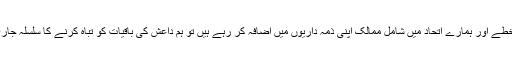
اب جبکہ اس خطے اور ہمارے اتحاد میں شامل ممالک اپنی ذمہ داریوں میں اضافہ کر رہے ہیں تو ہم داعش کی باقیات کو تباہ کرنے کا سلسلہ جاری رکھیں گے۔